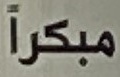
مبكرأ